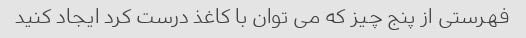
فهرستی از پنج چیز که می توان با کاغذ درست کرد ایجاد کنید